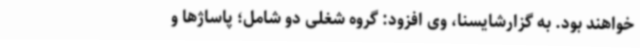
خواهند بود. به گزارشایسنا، وی افزود: گروه شغلی دو شامل؛ پاساژها و